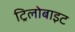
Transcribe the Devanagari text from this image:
ट्रिलोबाइट